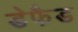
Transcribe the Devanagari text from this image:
डेफैड